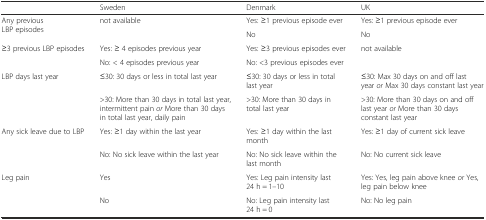
|  | Sweden | Denmark | UK |
 | --- | --- | --- | --- |
 | <ROWSPAN=2> Any previous LBP episodes | <ROWSPAN=2> not available | Yes: ≥1 previous episode ever | Yes: ≥1 previous episode ever |
 | No | No |
 | <ROWSPAN=2> ≥3 previous LBP episodes | Yes: ≥ 4 episodes previous year | Yes: ≥3 previous episodes ever | <ROWSPAN=2> not available |
 | No: < 4 episodes previous year | No: <3 previous episodes ever |
 | <ROWSPAN=2> LBP days last year | ≤30: 30 days or less in total last year | ≤30: 30 days or less in total last year | ≤30: Max 30 days on and off last year or Max 30 days constant last year |
 | >30: More than 30 days in total last year, intermittent pain or More than 30 days in total last year, daily pain | >30: More than 30 days in total last year | >30: More than 30 days on and off last year or More than 30 days constant last year |
 | <ROWSPAN=2> Any sick leave due to LBP | Yes: ≥1 day within the last year | Yes: ≥1 day within the last month | Yes: ≥1 day of current sick leave |
 | No: No sick leave within the last year | No: No sick leave within the last month | No: No current sick leave |
 | <ROWSPAN=2> Leg pain | Yes | Yes: Leg pain intensity last 24 h = 1–10 | Yes: Yes, leg pain above knee or Yes, leg pain below knee |
 | No | No: Leg pain intensity last 24 h = 0 | No: No leg pain |